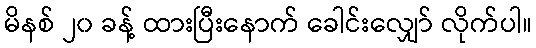
မိနစ် ၂၀ ခန့် ထားပြီးနောက် ခေါင်းလျှော် လိုက်ပါ။